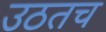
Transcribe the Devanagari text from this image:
उठतच